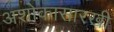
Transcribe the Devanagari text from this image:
अशोकासारखी